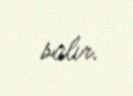
salır.